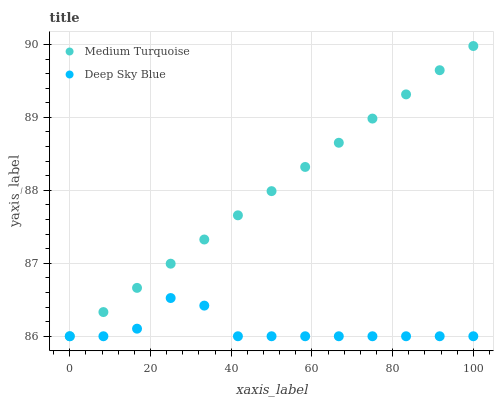
| xaxis_label | Medium Turquoise | Deep Sky Blue |
 | --- | --- | --- |
 | 0 | 86 | 86 |
 | 8.33 | 86.3 | 86 |
 | 16.7 | 86.7 | 86.1 |
 | 25 | 87 | 86.5 |
 | 33.3 | 87.3 | 86.4 |
 | 41.7 | 87.7 | 86 |
 | 50 | 88 | 86 |
 | 58.3 | 88.3 | 86 |
 | 66.7 | 88.7 | 86 |
 | 75 | 89 | 86 |
 | 83.3 | 89.3 | 86 |
 | 91.7 | 89.6 | 86 |
 | 100 | 90 | 86 |